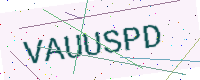
Text: VAUUSPD